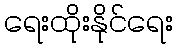
ရေးထိုးနိုင်ရေး